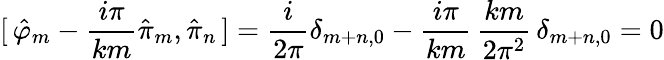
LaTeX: [\, \hat{\varphi}_{m}-\frac{i\pi}{km}\hat{\pi}_{m},\hat{\pi}_{n}\, ]=\frac{i}{2\pi}\delta_{m+n,0}-\frac{i\pi}{km}\, \frac{km}{2\pi^{2}}\, \delta_{m+n,0}=0